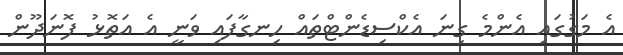
އެ މަގުގައި އެންމެ ގިނަ އެކްސިޑެންޓްތައް ހިނގާފައި ވަނީ އެ އަތޮޅު ފޮނަދޫން